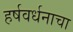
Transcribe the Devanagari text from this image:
हर्षवर्धनाचा